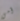
أمي